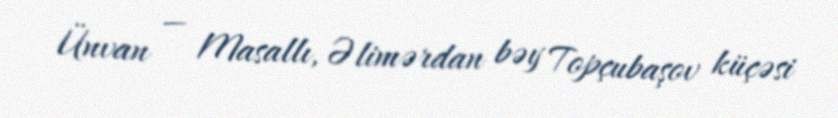
Ünvan — Masallı, Əlimərdan bəy Topçubaşov küçəsi